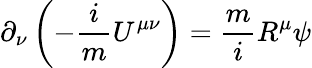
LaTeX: \partial_{\nu}\left(-\frac{i}{m}U^{\mu\nu}\right)=\frac{m}{i}R^{\mu}\psi